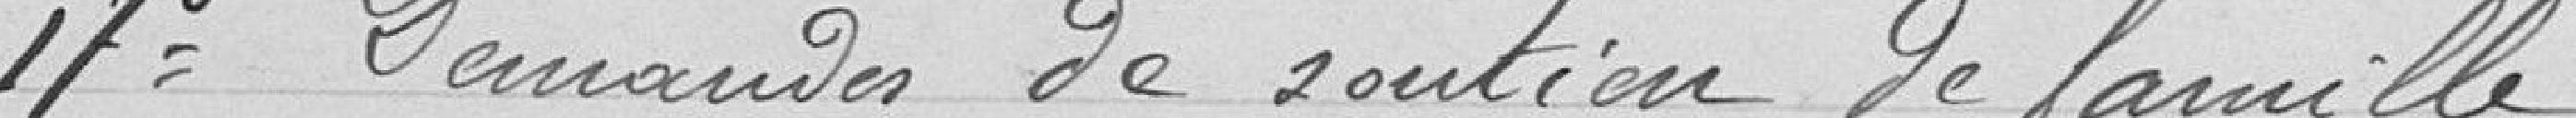
17° Demande de soutien de famille.